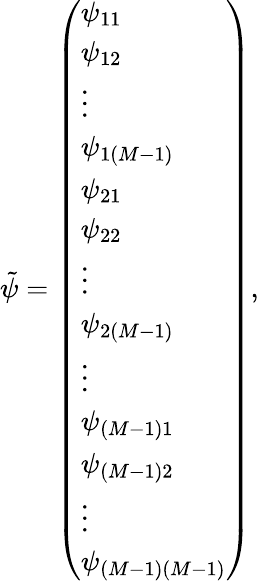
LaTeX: \tilde{\psi}=\left(\begin{array}{l}{\psi_{11}}\\ {\psi_{12}}\\ {\vdots}\\ {\psi_{1\left(M-1\right)}}\\ {\psi_{21}}\\ {\psi_{22}}\\ {\vdots}\\ {\psi_{2\left(M-1\right)}}\\ {\vdots}\\ {\psi_{\left(M-1\right)1}}\\ {\psi_{\left(M-1\right)2}}\\ {\vdots}\\ {\psi_{\left(M-1\right)\left(M-1\right)}}\end{array}\right),